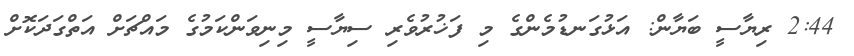
2:44 ރިޔާސީ ބަޔާން: އަޅުގަނޑުމެންގެ މި ފަޚުރުވެރި ސިޔާސީ މިނިވަންކަމުގެ މައްޗަށް އަތްގަދަކޮށް